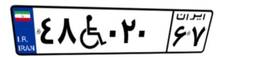
۴۸W۰۲۰۶۷